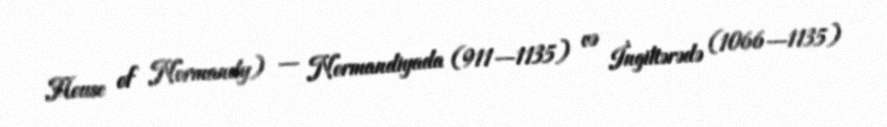
House of Normandy) — Normandiyada (911—1135) və İngiltərədə (1066—1135)